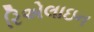
રિએલાઇન